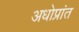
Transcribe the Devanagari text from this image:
अधोप्रांत